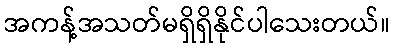
အကန့်အသတ်မရှိရှိနိုင်ပါသေးတယ်။